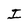
Character: I